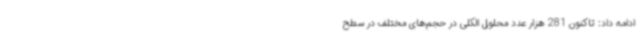
ادامه داد: تاکنون 281 هزار عدد محلول الکلی در حجم‌های مختلف در سطح